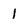
Character: 1